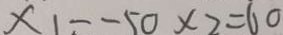
x _ { 1 } - - 5 0 x _ { 2 } = 6 0